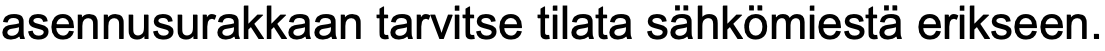
asennusurakkaan tarvitse tilata sähkömiestä erikseen.